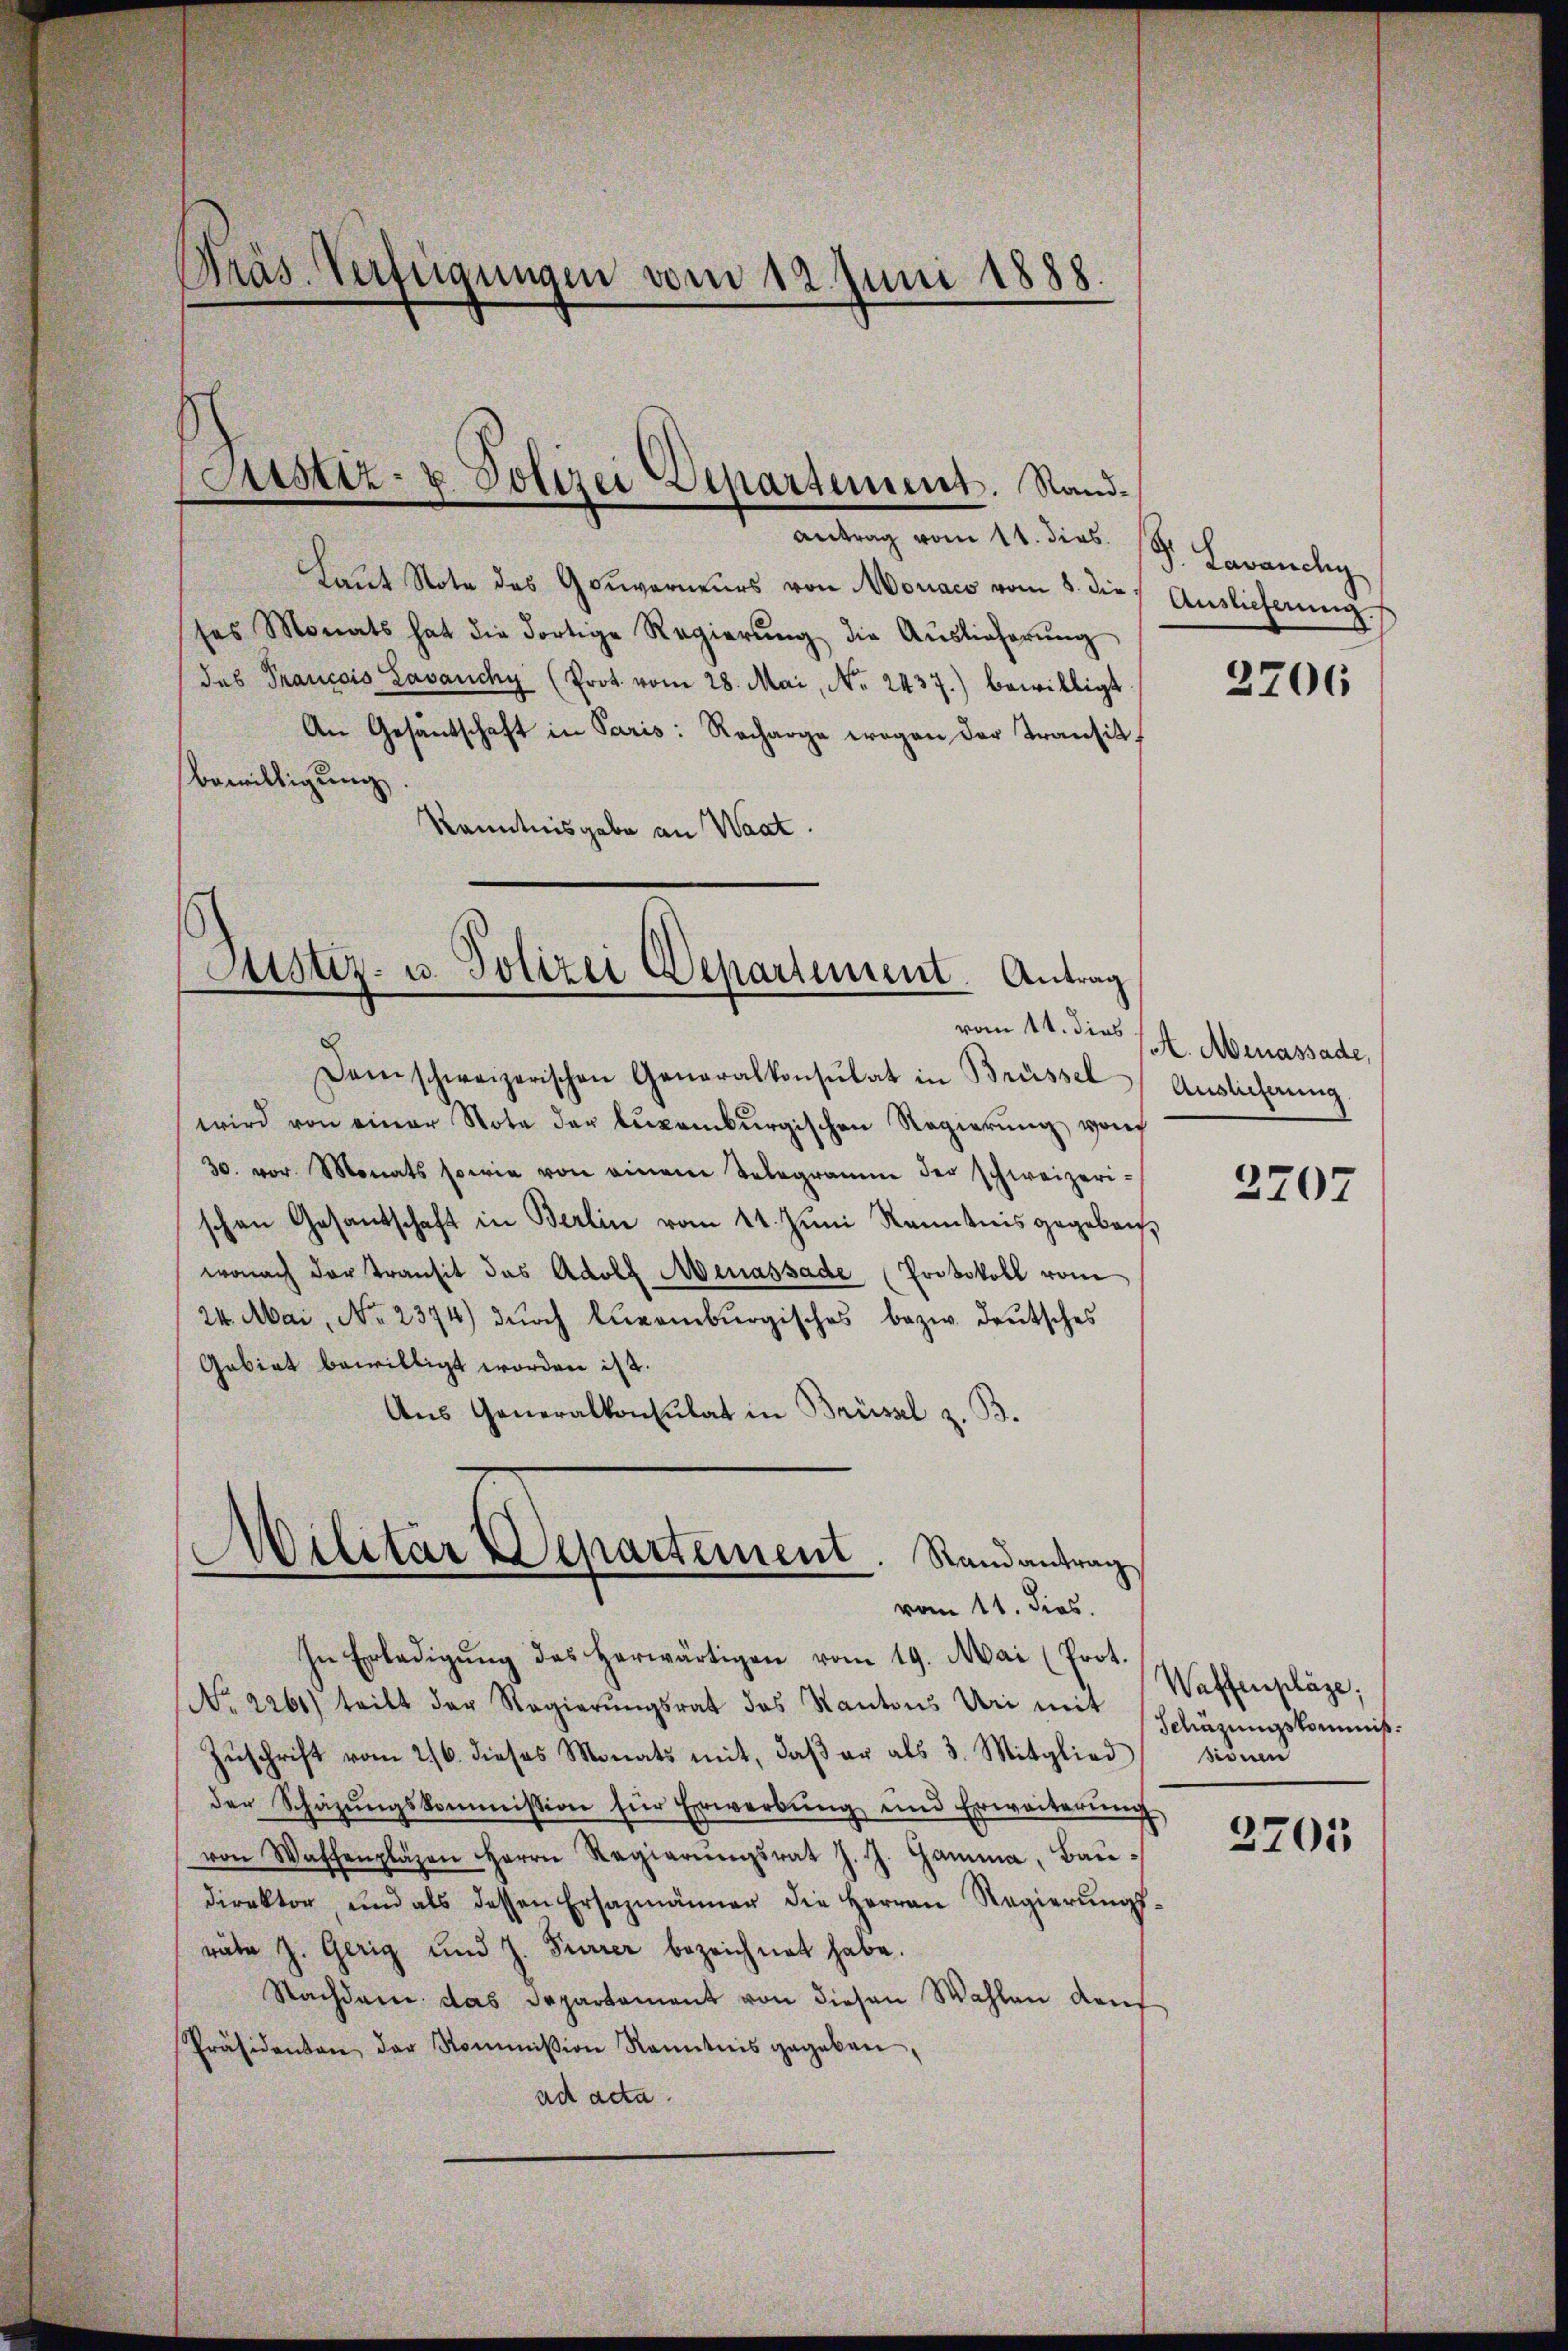
Präs. Verteigungen vom 12. Juni 1888.

Laut Note des Gouverneurs von Moraco vom 3. die Auslieferung.
ses Monats hat die dortige Regierŭng die Aŭslieferŭng
des Prancois Lavanchy (Prot. vom 28. Mai, No. 2437.) bewilligt
An Gesandschaft in Paris: Recharge wegen der Transit.
bewilligung.
Kenntnisgabe an Waat.

Justiz- u. Polizei Departement. Sandantrag vom 11. dies

Astiz- u. Polizei Departement. Antrag
vom 11. dies
Damschweizerischen Generalkonsulat in Brüssel Auslicherung

Militar Departement. Randantrag
vom 11. dies

D. Lavanchy

wird von einer Note der Luxenbŭrgischen Regierŭng von
30. vor Monats sowie von einem Telegramme der schweizeri-
schen Gesandschaft in Berlin vom 11. Juni Kenntnis gegeben,
wonach der transit des Adolf Menassade (Protokoll vom
24. Mai, No. 2374) dŭrch Luxenburgisches bezw. deutsches
Gebiet bewilligt worden ist.
Aus Generalkonsulat in Brüssel z. B.

In Erledigŭng des herwärtigen vom 19. Mai (Prot.
No. 2261) teilt der Regierŭngsrat das Kantons Uri mit
Zŭschrift vom 26. dieses Monats mit, daβ er als 3. Mitglied sionen
der Schäzŭngskommission für Erwerbŭng und Erweiterŭng
von Waffenpläzen Herrn Regierŭngsrat J. J. Hamma, Baudirektor und als dessen Ersazmänner die Herren Regierŭngs-
räte z. Gerig und J. Furrer bezeichnet habe.
Nachdem das Departament von diesen Wahlen Kauf
Präsidenten der Kommission Kenntnis gegeben
ad acta.

2706

A. Abenassade,

2707

Waffenpläge;
Schäzungskommiß¬

2705